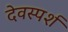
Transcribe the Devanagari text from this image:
देवस्पर्श